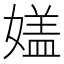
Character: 𡡇